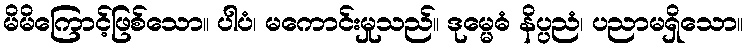
မိမိကြောင့်ဖြစ်သော။ ပါပံ၊ မကောင်းမှုသည်။ ဒုမ္မေဓံ နိပ္ပညံ၊ ပညာမရှိသော။